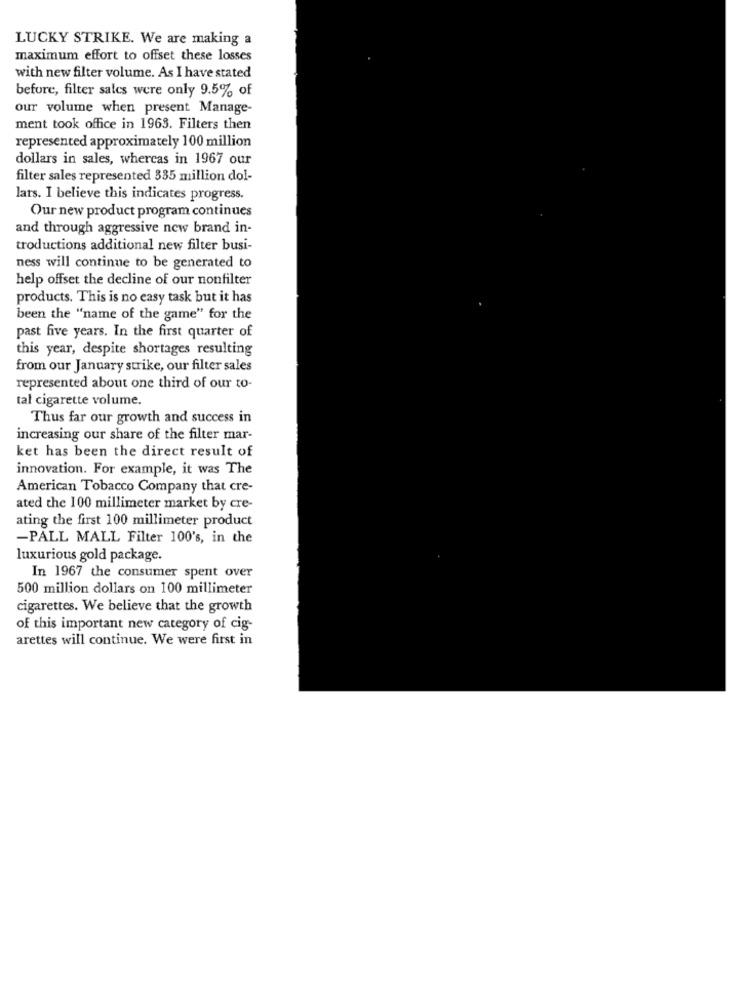
LUCKY STRIKE. We are making a
maximum effort to offset these losses
with new filter volume. As I have stated
before, filter sales were only 9.5% of
our volume when present Manage-
ment took office in 1963. Filters then
represented approximately 100 million
dollars in sales, whereas in 1967 our
filter sales represented 335 million dol-
lars. I believe this indicates progress.
Our new product program continues
and through aggressive new brand in-
troductions additional new filter busi-
ness will continue to be generated to
help offset the decline of our nonfilter
products. This is no easy task but it has
been the "name of the game" for the
past five years. In the first quarter of
this year, despite shortages resulting
from our January strike, our filter sales
represented about one third of our to-
tal cigarette volume.
Thus far our growth and success in
increasing our share of the filter mar-
ket has been the direct result of
innovation. For example, it was The
American Tobacco Company that cre-
ated the 100 millimeter market by cre-
ating the first 100 millimeter product
-PALL MALL Filter 100's, in the
luxurious gold package.
In 1967 the consumer spent over
500 million dollars on 100 millimeter
cigarettes. We believe that the growth
of this important new category of cig-
arettes will continue. We were first in